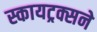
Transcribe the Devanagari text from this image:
स्कायट्रक्सने